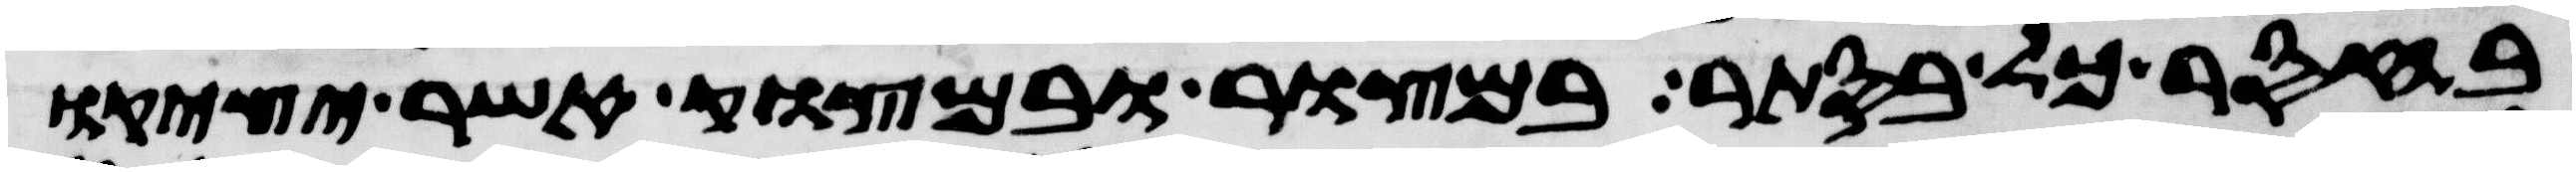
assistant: בחסר כל בסתר במצור ובמצוק אשר יציקו